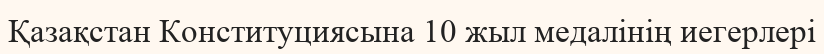
Қазақстан Конституциясына 10 жыл медалінің иегерлері